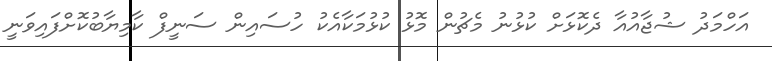
އަހްމަދު ޝުޖާއުއާ ދެކޮޅަށް ކުޅުނު މެޗުން މޮޅު ކުޅުމަކާއެކު ހުސައިން ސަނީފް ކާމިޔާބުކޮށްފައިވަނީ